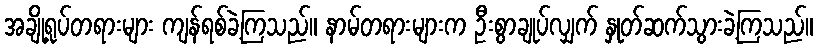
အချို့ရုပ်တရားများ ကျန်ရစ်ခဲ့ကြသည်။ နာမ်တရားများက ဦးစွာချုပ်လျှက် နှုတ်ဆက်သွားခဲ့ကြသည်။